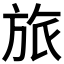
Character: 旅